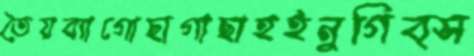
তৈয়ব্যাগোছাগাছাহইনুগিব্স